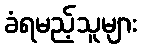
ခံရမည့်သူများ